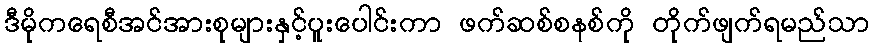
ဒီမိုကရေစီအင်အားစုများနှင့်ပူးပေါင်းကာ ဖက်ဆစ်စနစ်ကို တိုက်ဖျက်ရမည်သာ